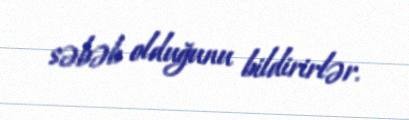
səbəb olduğunu bildirirlər.